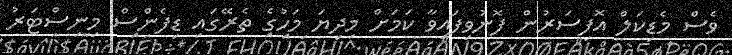
ވެސް މެޑިކަލް އޮފިސަރުން ފޮނުވިފައިވާ ކަމަށް މިދިޔަ މަހުގެ ތެރޭގައި ޑިފެންސް މިނިސްޓަރު